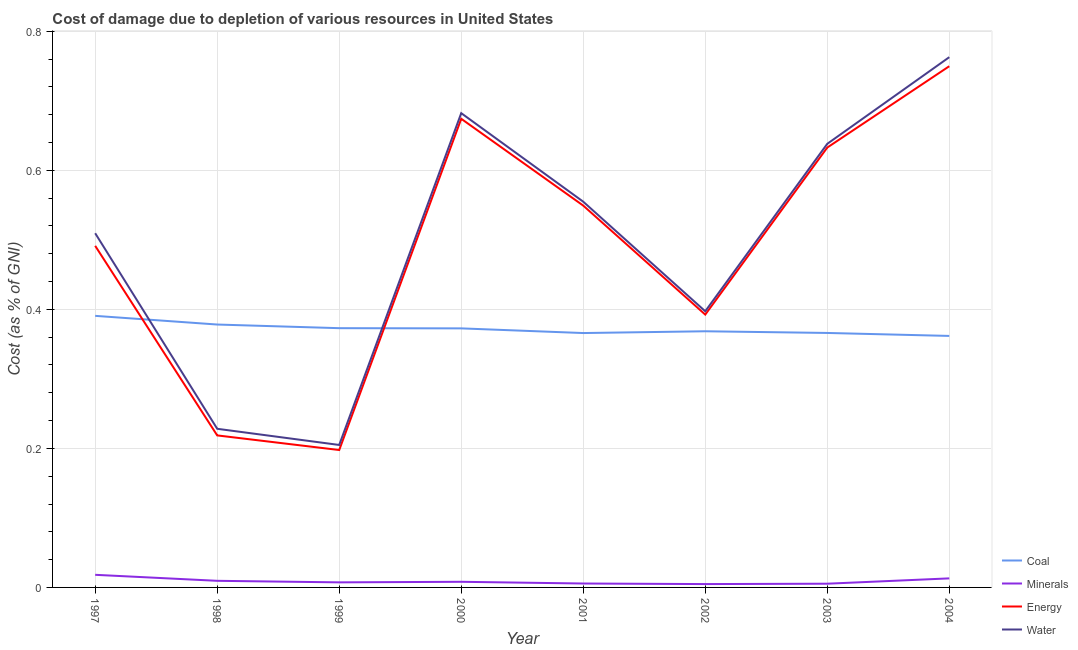
| Year | Coal | Minerals | Energy | Water |
 | --- | --- | --- | --- | --- |
 | 1997 | 0.391 | 0.0181 | 0.491 | 0.51 |
 | 1998 | 0.378 | 0.00952 | 0.219 | 0.228 |
 | 1999 | 0.373 | 0.0073 | 0.198 | 0.205 |
 | 2000 | 0.373 | 0.0081 | 0.674 | 0.682 |
 | 2001 | 0.366 | 0.00563 | 0.549 | 0.555 |
 | 2002 | 0.368 | 0.00481 | 0.392 | 0.397 |
 | 2003 | 0.366 | 0.00535 | 0.633 | 0.638 |
 | 2004 | 0.362 | 0.013 | 0.75 | 0.763 |